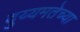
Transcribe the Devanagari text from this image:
दुय्यमतेच्या